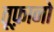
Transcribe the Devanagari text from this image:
तूफ़ानो